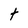
Character: t